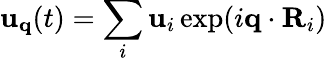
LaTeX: {\mathbf u}_{\mathbf q}(t)=\sum_{i}{\mathbf u}_{i}\exp(i{\mathbf q}\cdot{\mathbf R}_{i})